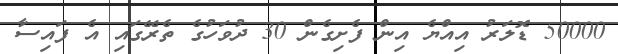
50000 ޑޮލަރު އިއްޔެ އިން ފެށިގެން 30 ދުވަހުގެ ތެރޭގައި އެ ފައިސާ